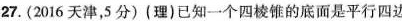
27.(2016天津，5分)(理)已知一个四棱锥的底面是平行四边